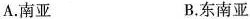
A.南亚 B.东南亚